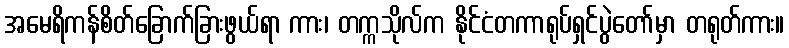
အမေရိကန်စိတ်ခြောက်ခြားဖွယ်ရာ ကား၊ တက္ကသိုလ်က နိုင်ငံတကာရုပ်ရှင်ပွဲတော်မှာ တရုတ်ကား။